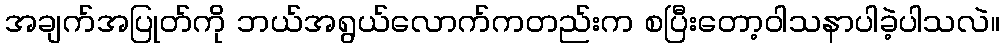
အချက်အပြုတ်ကို ဘယ်အရွယ်လောက်ကတည်းက စပြီးတော့ဝါသနာပါခဲ့ပါသလဲ။